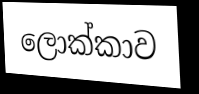
ලොක්කාව